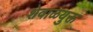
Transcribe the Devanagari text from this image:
शेवाळयुक्त